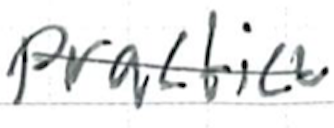
Text: practice
Cross-out: single-line
Writing tool: ballpoint